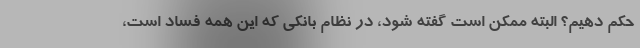
حکم دهیم؟ البته ممکن است گفته شود، در نظام بانکی که این همه فساد است،